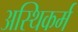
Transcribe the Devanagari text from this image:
अस्थिकर्म